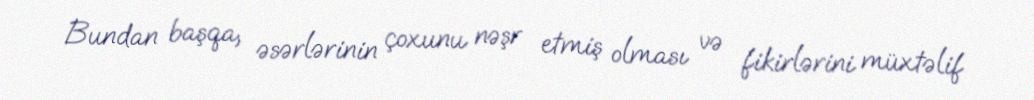
Bundan başqa, əsərlərinin çoxunu nəşr etmiş olması və fikirlərini müxtəlif